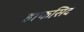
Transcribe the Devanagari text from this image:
हाफसिद